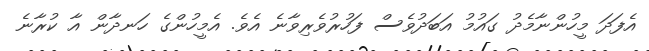
އެފަދަ މީހުންނާމެދު ގައުމު އަބަދުވެސް ފަހުރުވެރިވާނެ އެވެ. އެމީހުންގެ ހަނދާން އާ ކުރާނެ